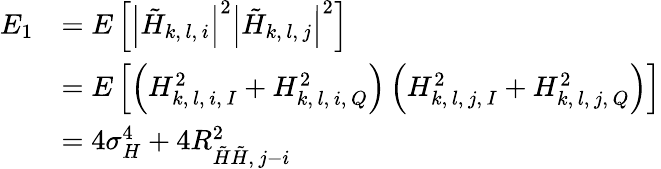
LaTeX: \begin{array}{rl}{E_{1}}&{=E\left[\left|\tilde{H}_{k,\, l,\, i}\right|^{2}\left|\tilde{H}_{k,\, l,\, j}\right|^{2}\right]}\\ &{=E\left[\left(H_{k,\, l,\, i,\, I}^{2}+H_{k,\, l,\, i,\, Q}^{2}\right)\left(H_{k,\, l,\, j,\, I}^{2}+H_{k,\, l,\, j,\, Q}^{2}\right)\right]}\\ &{=4\sigma_{H}^{4}+4R_{\tilde{H}\tilde{H},\, j-i}^{2}}\end{array}